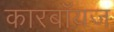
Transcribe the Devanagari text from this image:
कारबॉयज